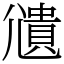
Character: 𫵒